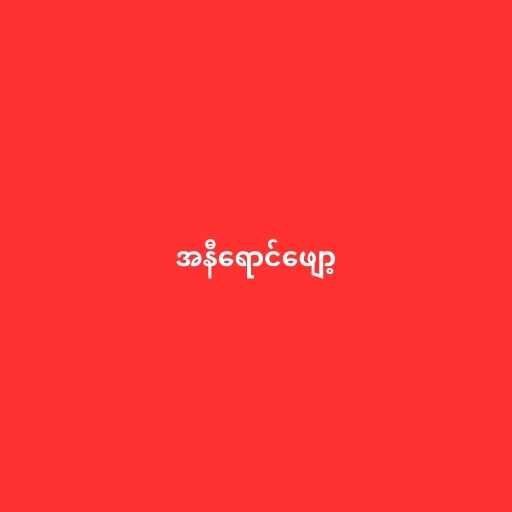
အနီရောင်ဖျော့